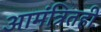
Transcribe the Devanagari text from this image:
आमंत्रितही